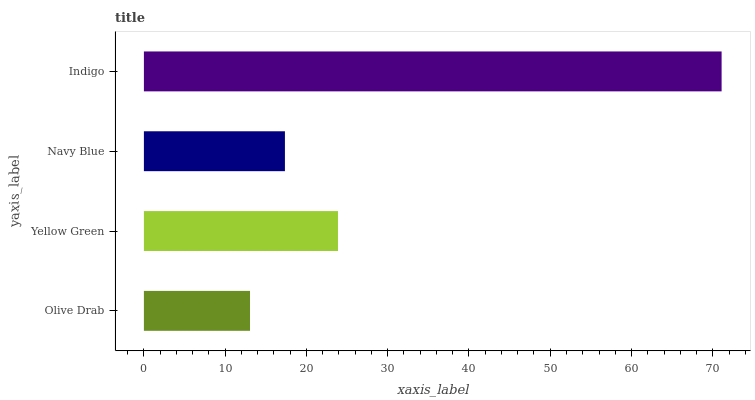
| yaxis_label | bars |
 | --- | --- |
 | Olive Drab | 13.1 |
 | Yellow Green | 23.9 |
 | Navy Blue | 17.4 |
 | Indigo | 71.1 |